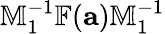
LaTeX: \mathbb{M}_{1}^{-1}\mathbb{F}({\mathbf a})\mathbb{M}_{1}^{-1}